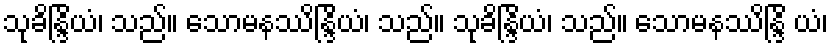
သုခိန္ဒြိယံ၊ သည်။ သောမနဿိန္ဒြိယံ၊ သည်။ သုခိန္ဒြိယံ၊ သည်။ သောမနဿိန္ဒြိ ယံ၊